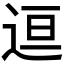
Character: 𬨤